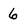
Character: 6